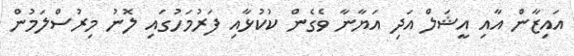
އައިޒާން އާއި އީޝަލް އަދި އަޔާނާ ވެގެން ކުކުޅާއި ފަރުމަހުގައި ލޮނު މިރުސްލަމުން